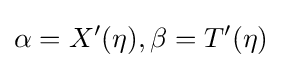
\alpha =X'(\eta ),\beta =T'(\eta )